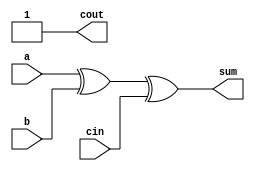
module full_adder1(a,b,cin,sum,cout);
input a,b,cin;
output sum,cout;
assign sum = a^b^cin;
assign cout = 1'b1; 
// initial begin
//     $display("The incorrect adder with or1 having out/1");
// end   
endmodule